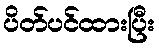
ပိတ်ပင်ထားပြီး